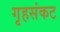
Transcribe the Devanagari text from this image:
गृहसंकट